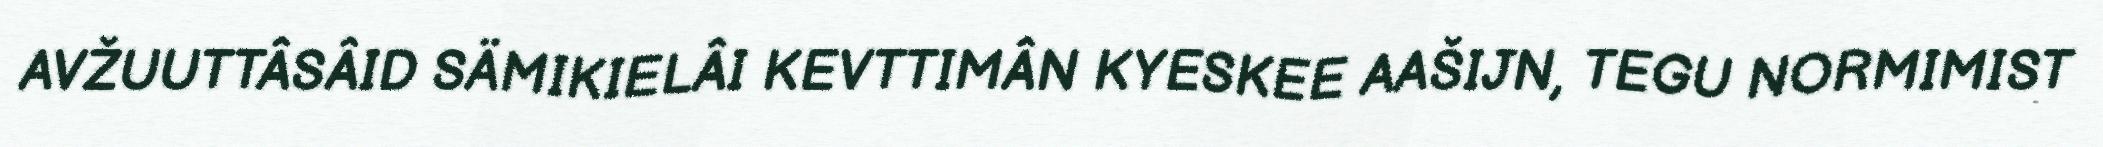
AVŽUUTTÂSÂID SÄMIKIELÂI KEVTTIMÂN KYESKEE AAŠIJN, TEGU NORMIMIST